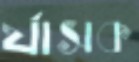
র‍্যাসক